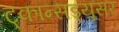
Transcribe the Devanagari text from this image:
ट्कान्सड्यूसर